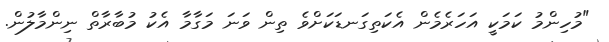
"މުހިންމު ކަމަކީ އަހަރެމެން އެކަތިގަނޑަކަށްވެ ތިން ވަނަ މަގާމާ އެކު މުބާރާތް ނިންމާލުން.